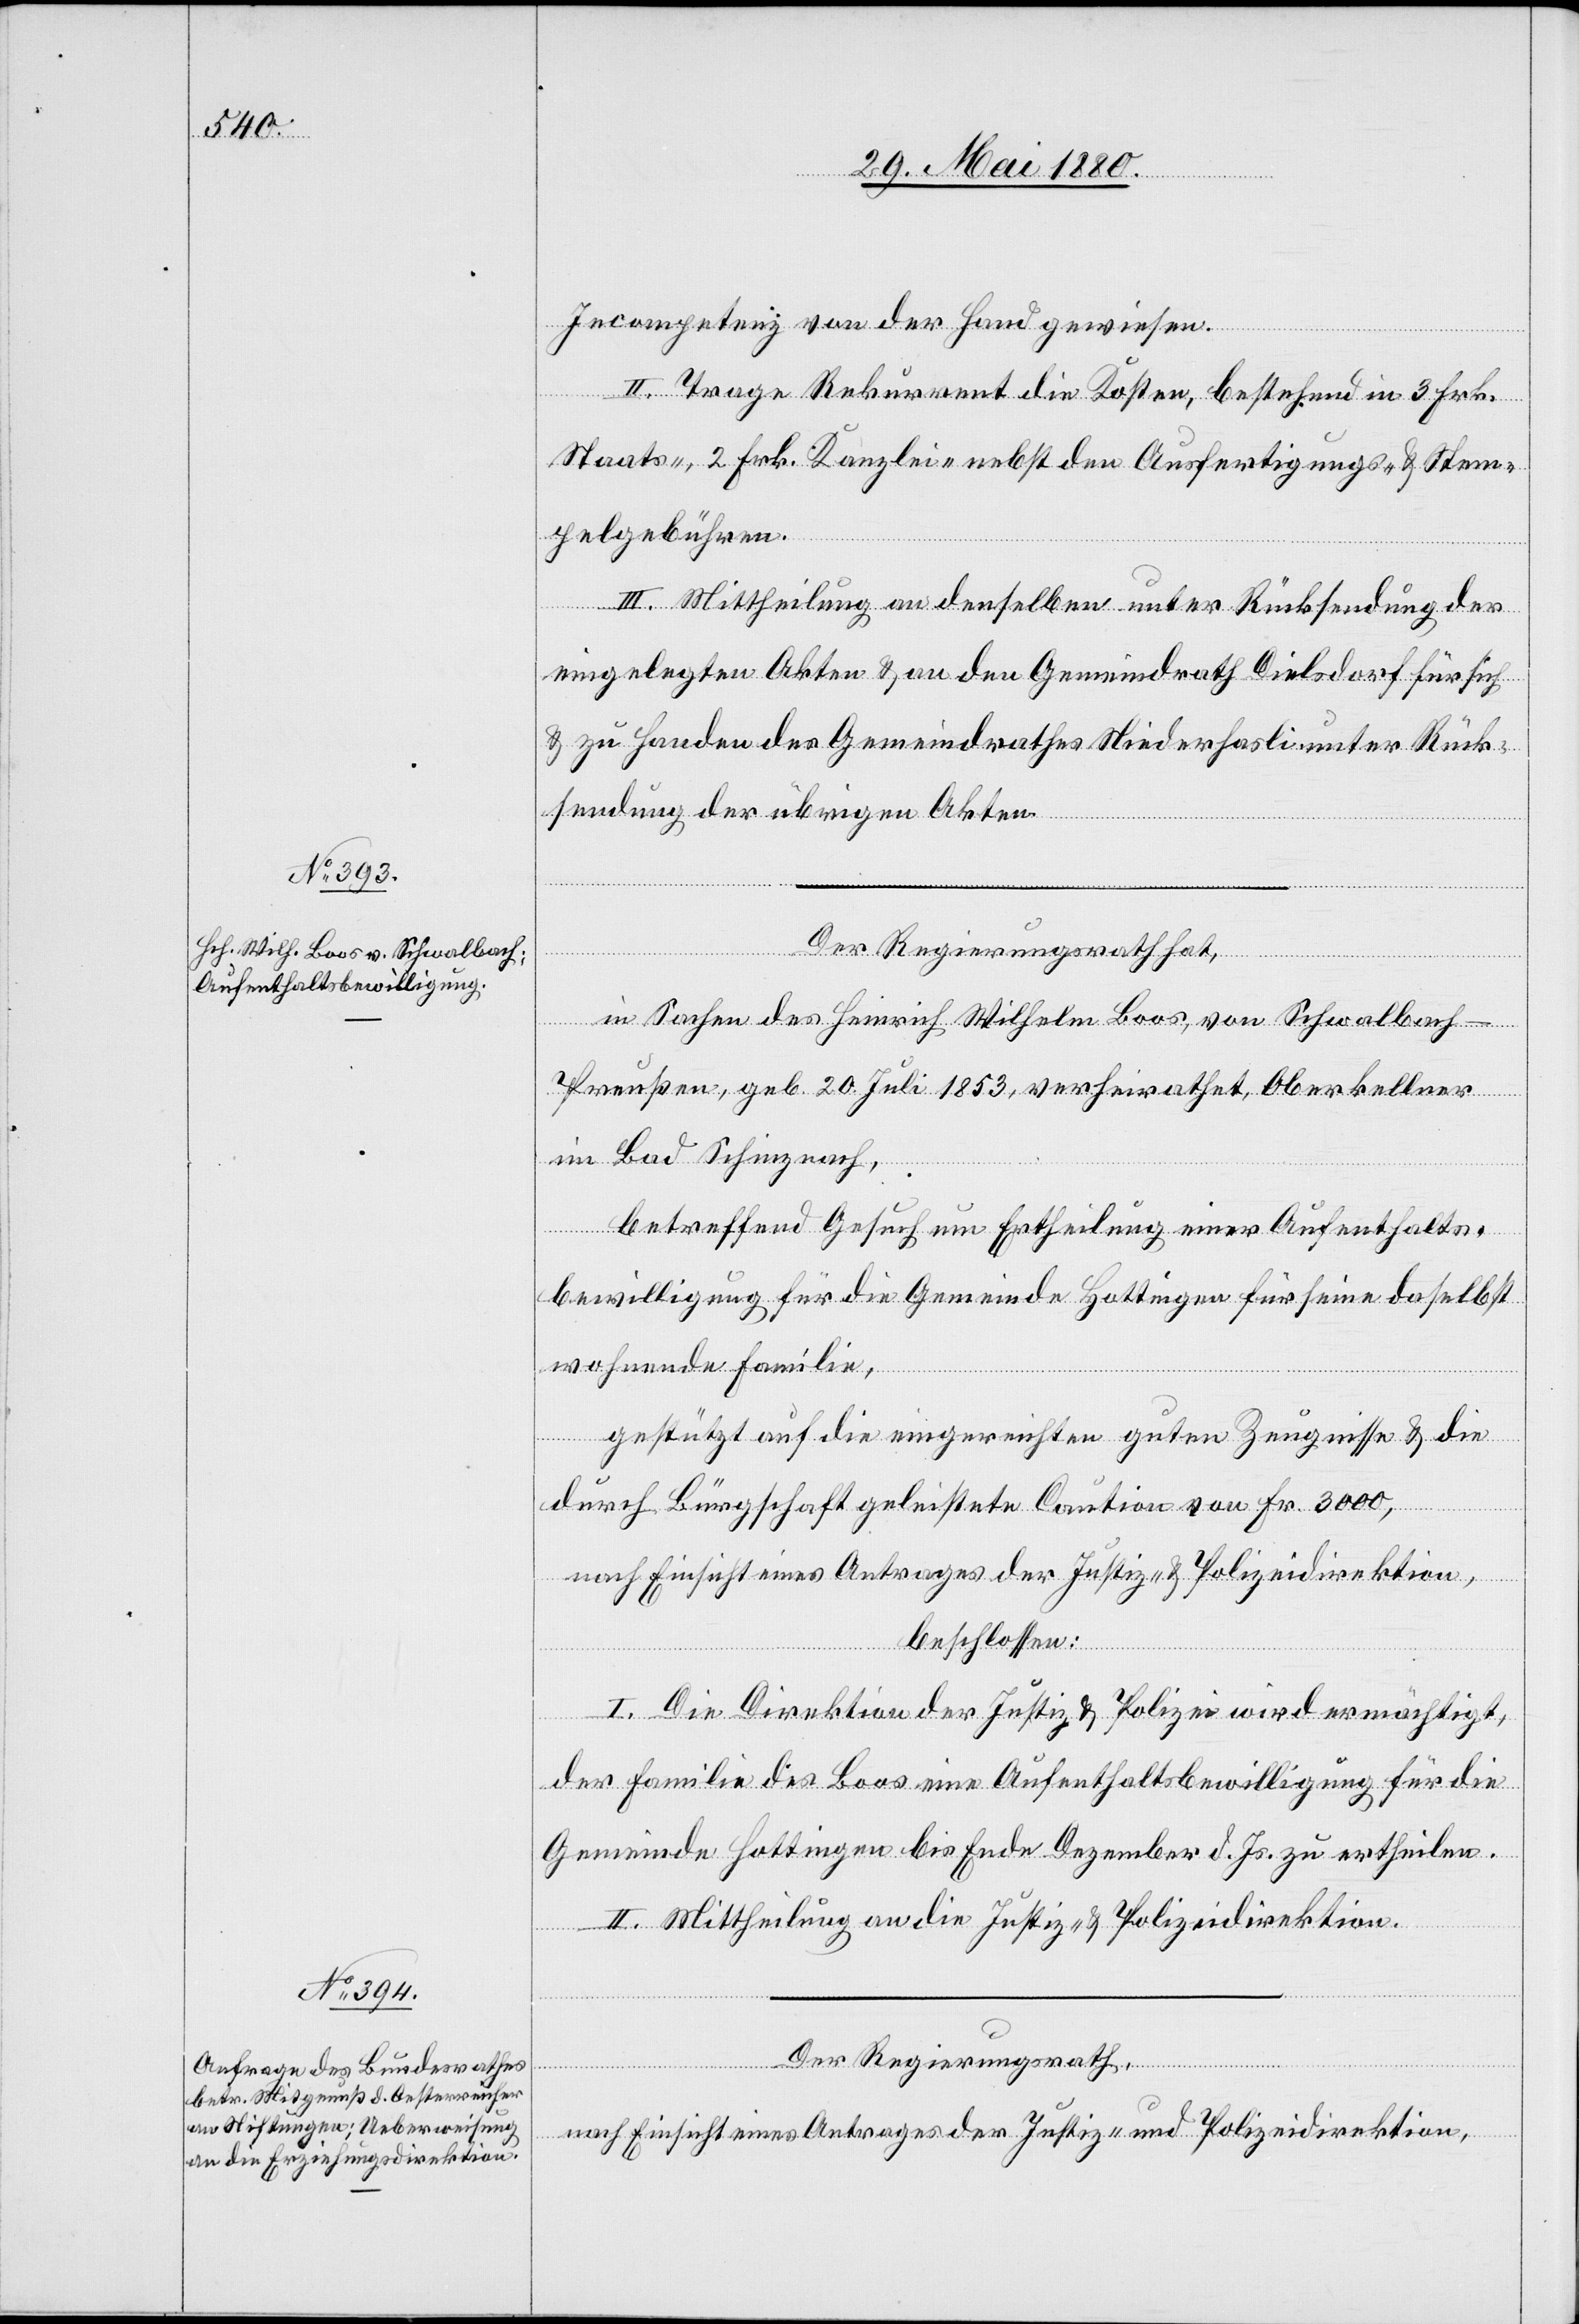
Incompetenz von der Hand gewiesen.
II. Trage Rekurrent die Kosten, bestehend in 3 Frk.
Staats-, 2 Frk. Kanzlei- nebst den Ausfertigungs- & Stem¬
pelgebühren.
III. Mittheilung an denselben unter Rücksendung der
eingelegten Akten & an den Gemeindrath Dielsdorf für sich
& zu Handen des Gemeindrathes Niederhasli unter Rück¬
sendung der übrigen Akten.
Der Regierungsrath hat,
in Sachen des Heinrich Wilhelm Boos, von Schwalbach
Preußen, geb. 20. Juli 1853, verheirathet, Oberkellner
in Bad Schinznach,
betreffend Gesuch um Ertheilung einer Aufenthalts¬
bewilligung für die Gemeinde Hottingen für seine daselbst
wohnende Familie,
gestützt auf die eingereichten guten Zeugnisse & die
durch Bürgschaft geleistete Caution von Fr. 3000,
nach Einsicht eines Antrages der Justiz- & Polizeidirektion,
beschlossen:
I. Die Direktion der Justiz & Polizei wird ermächtigt,
der Familie des Boos eine Aufenthaltsbewilligung für die
Gemeinde Hottingen bis Ende Dezember d. Js. zu ertheilen.
II. Mittheilung an die Justiz- & Polizeidirektion.
Der Regierungsrath,